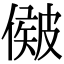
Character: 𥀃